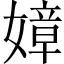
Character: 嫜